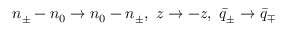
n _ { \pm } - n _ { 0 } \to n _ { 0 } - n _ { \pm } , \ z \to - z , \ \bar { q } _ { \pm } \to \bar { q } _ { \mp }